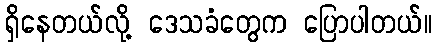
ရှိနေတယ်လို့ ဒေသခံတွေက ပြောပါတယ်။